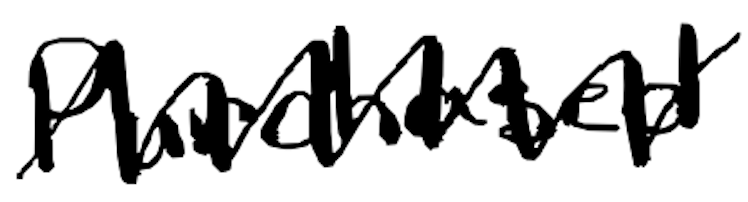
Text: purchased
Cross-out: zig-zag
Writing tool: digital_black